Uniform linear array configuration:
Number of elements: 24
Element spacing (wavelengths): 0.75
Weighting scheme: hamming
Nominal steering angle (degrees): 15
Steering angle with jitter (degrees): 16.478
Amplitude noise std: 0.05
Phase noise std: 0.05

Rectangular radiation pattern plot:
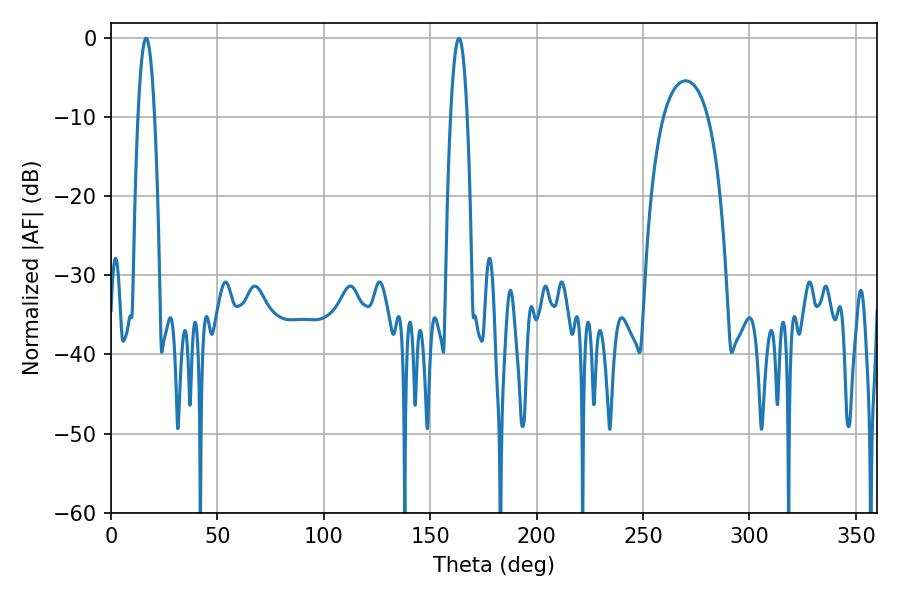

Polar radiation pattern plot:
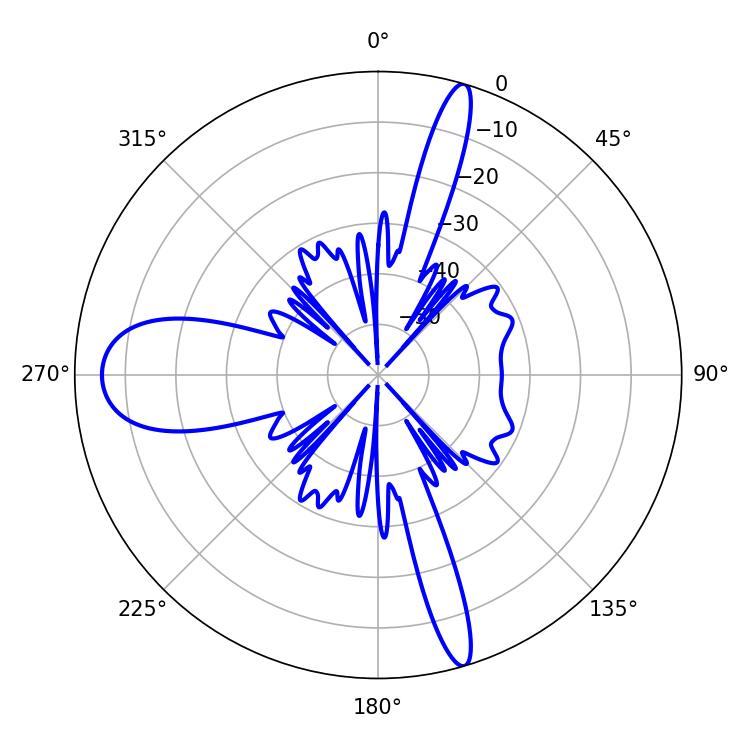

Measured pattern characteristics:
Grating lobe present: TRUE
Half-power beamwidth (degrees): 4.32
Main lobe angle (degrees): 16.56